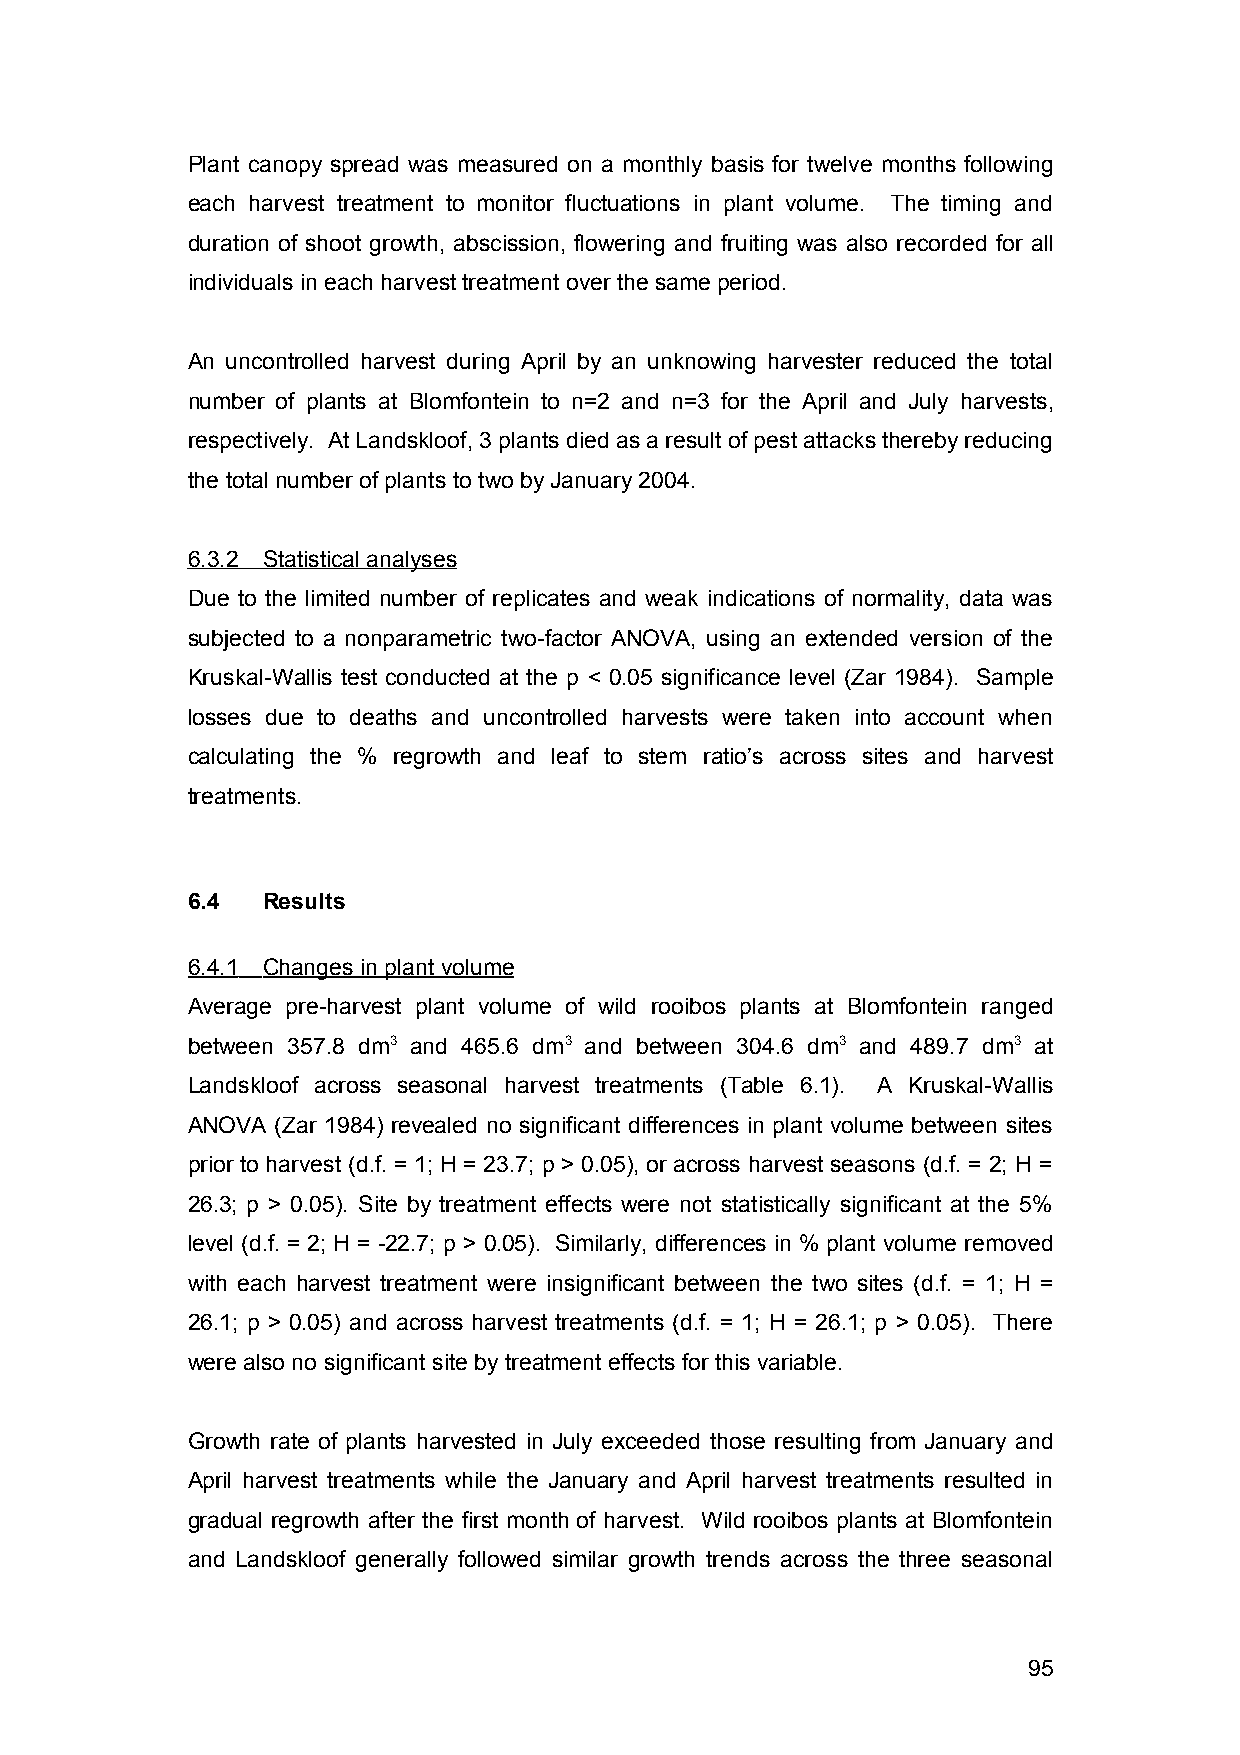
Plant canopy spread was measured on a monthly basis for twelve months following
 each harvest treatment to monitor fluctuations in plant volume. The timing and
 duration of shoot growth, abscission, flowering and fruiting was also recorded for all
 individuals in each harvest treatment over the same period.
 An uncontrolled harvest during April by an unknowing harvester reduced the total
 number of plants at Blomfontein to n=2 and n=3 for the April and July harvests,
 respectively. At Landskloof, 3 plants died as a result of pest attacks thereby reducing
 the total number of plants to two by January 2004.
 6.3.2 Statistical analyses
 Due to the limited number of replicates and weak indications of normality, data was
 subjected to a nonparametric two-factor ANOVA, using an extended version of the
 Kruskal-Wallis test conducted at the p < 0.05 significance level (Zar 1984). Sample
 losses due to deaths and uncontrolled harvests were taken into account when
 calculating the % regrowth and leaf to stem ratio’s across sites and harvest
 treatments.
 6.4  Results
 6.4.1 Changes in plant volume
 Average pre-harvest plant volume of wild rooibos plants at Blomfontein ranged
 between 357.8 dm3 and 465.6 dm3 and between 304.6 dm3 and 489.7 dm3 at
 Landskloof across seasonal harvest treatments (Table 6.1). A Kruskal-Wallis
 ANOVA (Zar 1984) revealed no significant differences in plant volume between sites
 prior to harvest (d.f. = 1; H = 23.7; p > 0.05), or across harvest seasons (d.f. = 2; H =
 26.3; p > 0.05). Site by treatment effects were not statistically significant at the 5%
 level (d.f. = 2; H = -22.7; p > 0.05). Similarly, differences in % plant volume removed
 with each harvest treatment were insignificant between the two sites (d.f. = 1; H =
 26.1; p > 0.05) and across harvest treatments (d.f. = 1; H = 26.1; p > 0.05). There
 were also no significant site by treatment effects for this variable.
 Growth rate of plants harvested in July exceeded those resulting from January and
 April harvest treatments while the January and April harvest treatments resulted in
 gradual regrowth after the first month of harvest. Wild rooibos plants at Blomfontein
 and Landskloof generally followed similar growth trends across the three seasonal
 95